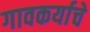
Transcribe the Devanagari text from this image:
गावकर्याचे